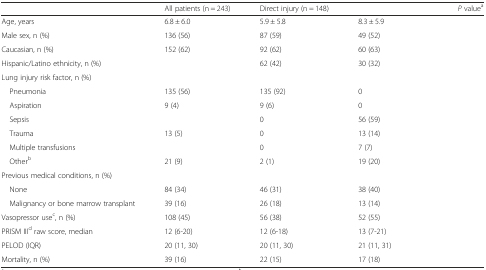
<table><thead><tr><td>[EMPTY_CELL]</td><td><b>All patients (n = 243)</b></td><td><b>Direct injury (n = 148)</b></td><td>[EMPTY_CELL]</td><td><b><i>P</i> value<sup>a</sup></b></td></tr></thead><tbody><tr><td>Age, years</td><td>6.8 ± 6.0</td><td>5.9 ± 5.8</td><td>8.3 ± 5.9</td><td>[EMPTY_CELL]</td></tr><tr><td>Male sex, n (%)</td><td>136 (56)</td><td>87 (59)</td><td>49 (52)</td><td>[EMPTY_CELL]</td></tr><tr><td>Caucasian, n (%)</td><td>152 (62)</td><td>92 (62)</td><td>60 (63)</td><td>[EMPTY_CELL]</td></tr><tr><td>Hispanic/Latino ethnicity, n (%)</td><td>[EMPTY_CELL]</td><td>62 (42)</td><td>30 (32)</td><td>[EMPTY_CELL]</td></tr><tr><td colspan="5">Lung injury risk factor, n (%)</td></tr><tr><td> Pneumonia</td><td>135 (56)</td><td>135 (92)</td><td>0</td><td>[EMPTY_CELL]</td></tr><tr><td> Aspiration</td><td>9 (4)</td><td>9 (6)</td><td>0</td><td>[EMPTY_CELL]</td></tr><tr><td> Sepsis</td><td>[EMPTY_CELL]</td><td>0</td><td>56 (59)</td><td>[EMPTY_CELL]</td></tr><tr><td> Trauma</td><td>13 (5)</td><td>0</td><td>13 (14)</td><td>[EMPTY_CELL]</td></tr><tr><td> Multiple transfusions</td><td>[EMPTY_CELL]</td><td>0</td><td>7 (7)</td><td>[EMPTY_CELL]</td></tr><tr><td> Other<sup>b</sup></td><td>21 (9)</td><td>2 (1)</td><td>19 (20)</td><td>[EMPTY_CELL]</td></tr><tr><td colspan="5">Previous medical conditions, n (%)</td></tr><tr><td> None</td><td>84 (34)</td><td>46 (31)</td><td>38 (40)</td><td>[EMPTY_CELL]</td></tr><tr><td> Malignancy or bone marrow transplant</td><td>39 (16)</td><td>26 (18)</td><td>13 (14)</td><td>[EMPTY_CELL]</td></tr><tr><td>Vasopressor use<sup>c</sup>, n (%)</td><td>108 (45)</td><td>56 (38)</td><td>52 (55)</td><td>[EMPTY_CELL]</td></tr><tr><td>PRISM III<sup>d</sup> raw score, median</td><td>12 (6-20)</td><td>12 (6-18)</td><td>13 (7-21)</td><td>[EMPTY_CELL]</td></tr><tr><td>PELOD (IQR)</td><td>20 (11, 30)</td><td>20 (11, 30)</td><td>21 (11, 31)</td><td>[EMPTY_CELL]</td></tr><tr><td>Mortality, n (%)</td><td>39 (16)</td><td>22 (15)</td><td>17 (18)</td><td>[EMPTY_CELL]</td></tr></tbody></table>